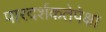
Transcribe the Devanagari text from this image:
पारदर्शकतेपेक्षा